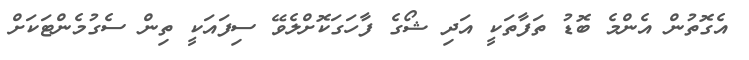
އެގޮތުން އެންމެ ބޮޑު ތަފާތަކީ އަދި ޝޯގެ ފާހަގަކޮށްލެވޭ ސިފައަކީ ތިން ސެގުމެންޓަކަށް